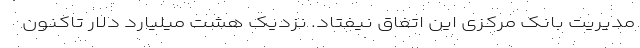
مدیریت بانک مرکزی این اتفاق نیفتاد. نزدیک هشت میلیارد دلار تاکنون